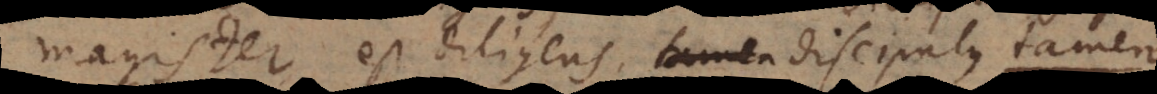
Magister est diligens, et tamen discipulus est